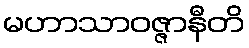
မဟာသာဝဇ္ဇာနီတိ